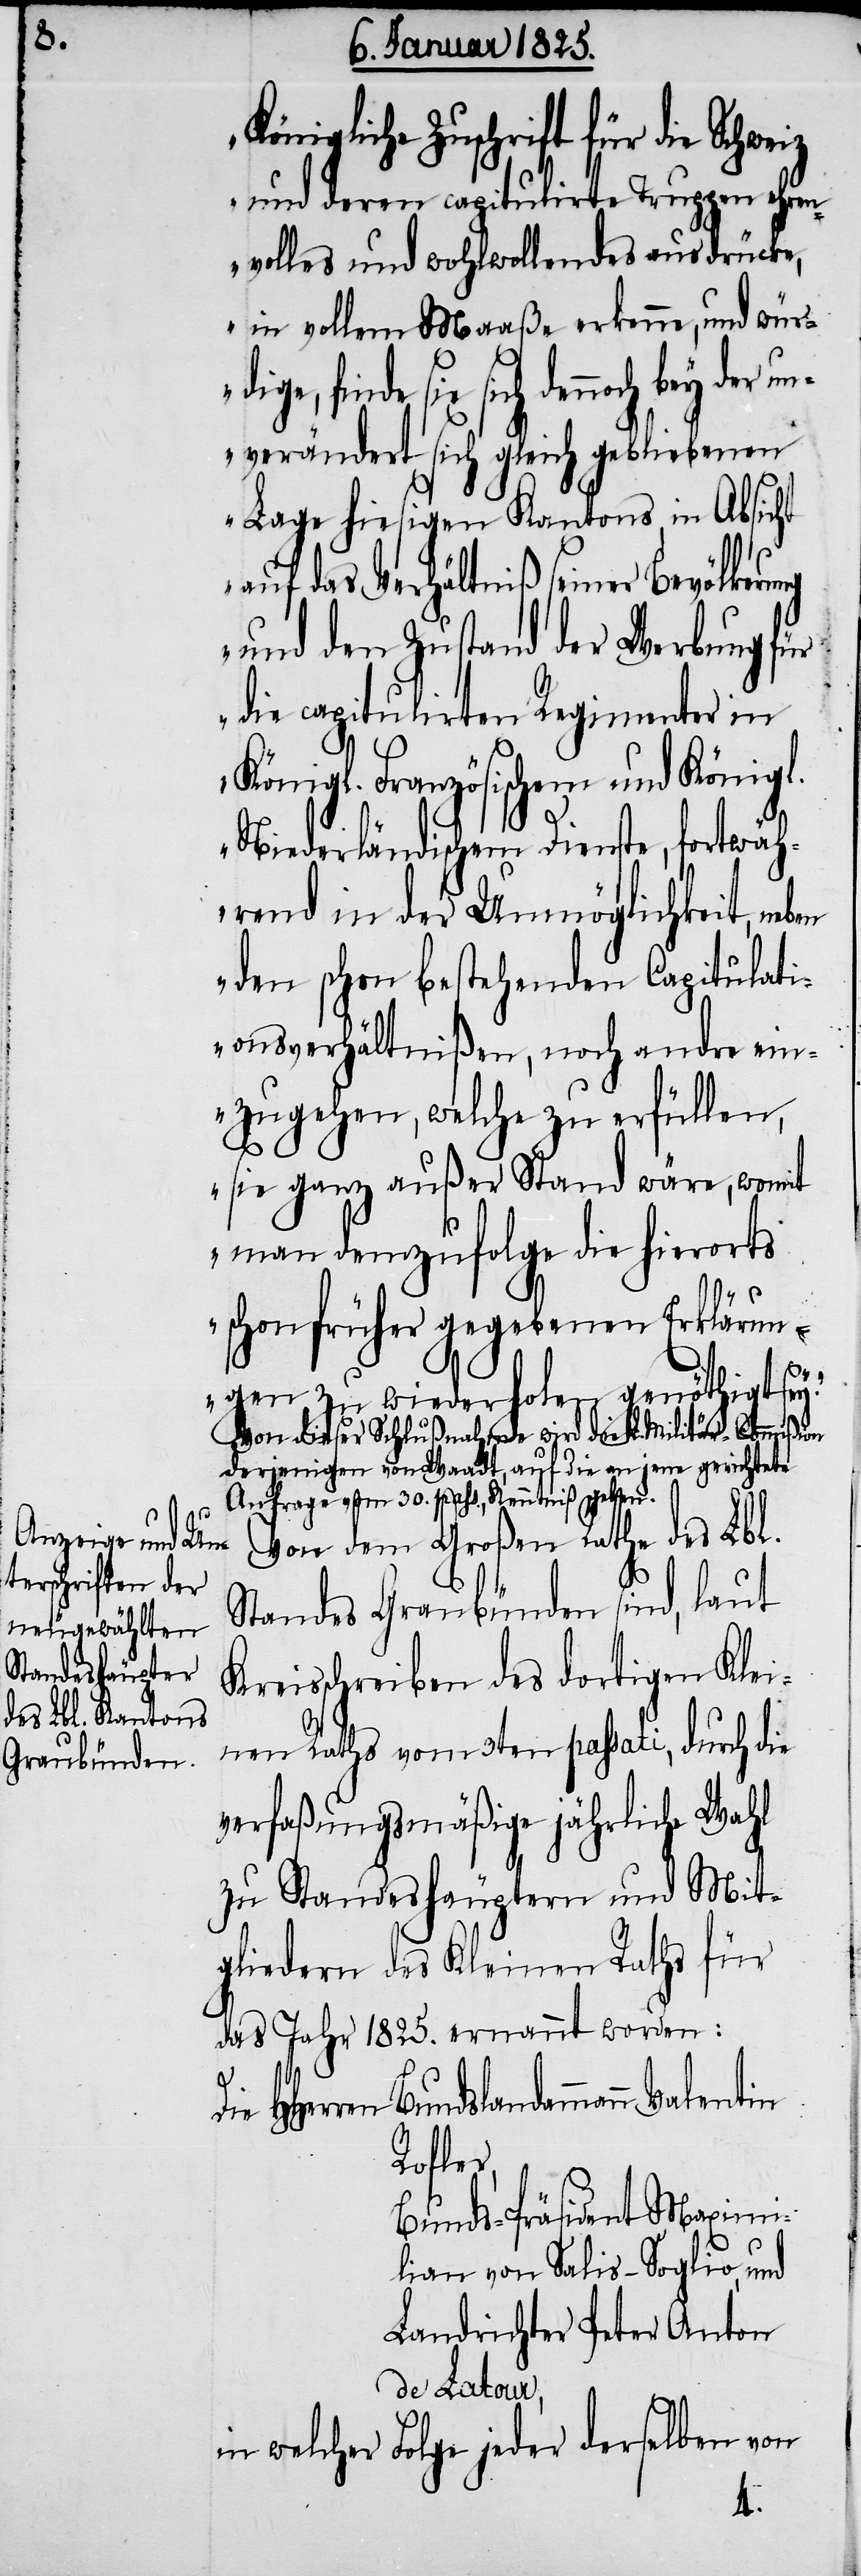
Königliche Zuschrift für die Schwe¬
und deren capitulirte Truppen ehre¬
nvolles und wohlwollendes ausdrücke,
in vollem Maaße erkenne, und würd¬
finde sie sich dennoch bey der u¬
nverändert sich gleich gebliebenen
Lage hiesigen Kantons, in Absicht
auf das Verhältniß seiner Bevölkeru¬
und den Zustand der Werbung für
die capitulirten Regimenter in
Königl. Französischem und Königl.
Niederländischem Dienste, fortwäh¬
rend in der Unmöglichkeit, ne¬
den schon bestehenden Capitulati¬
onsverhältnißen, noch andre ein¬
zugehen, welche zu erfüllen,
sie ganz außer Stand wäre, womit
man demzufolge die hierorts
schon früher gegebenen Erklärun¬
gen, zu wiederholen genöthigt sey.“
Von dieser Schlußnahme wird die L. Militär-Commißion
derjenigen von Waadt, auf die an jene gerichtete
Anfrage vom 30. pass., Kenntniß geben.
ben
Von dem Großen Rathe des Lbl.
Standes Graubünden sind, laut
Kreisschreiben des dortigen Klei¬
nen Raths vom 3ten passati, durch die
verfaßungsmäßige jährliche Wahl
zu Standeshäuptern und Mit¬
gliedern des Kleinen Raths für
das Jahr 1825. ernannt worden:
Die HHerren Bundslandammann Valentin
Rofler,
Bunds-Präsident Maximi¬
lian von Salis-Soglio, und
Landrichter Peter Anton
de Latour,
Folge jeder derselben von
in welcher